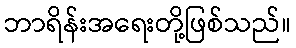
ဘာရိန်းအရေးတို့ဖြစ်သည်။